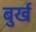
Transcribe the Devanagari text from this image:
बुर्ख